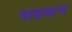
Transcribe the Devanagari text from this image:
सम्रथन